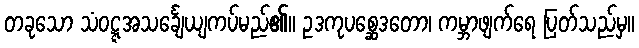
တခုသော သံဝဋ္ဋအသင်္ချေယျကပ်မည်၏။ ဥဒကုပစ္ဆေဒတော၊ ကမ္ဘာဖျက်ရေ ပြတ်သည်မှ။